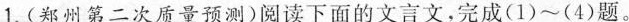
1.(郑州第二次质量预测)阅读下面的文言文，完成(1)~(4)题。